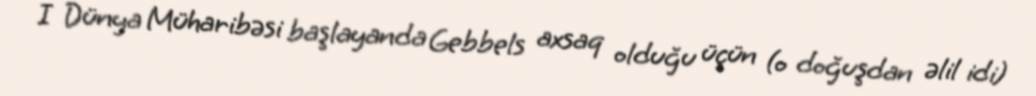
I Dünya Müharibəsi başlayanda Gebbels axsaq olduğu üçün (o doğuşdan əlil idi)